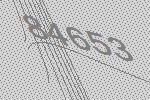
84653